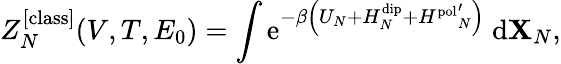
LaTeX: Z_{N}^{[\mathrm{class}]}(V,T,E_{0})=\int\mathrm{e}^{-\beta\left(U_{N}+H_{N}^{\mathrm{dip}}+{H^{\mathrm{pol}}}_{N}^{\prime}\right)}~\mathrm{d}\mathbf{X}_{N},